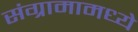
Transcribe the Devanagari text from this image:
संग्रामामध्ये